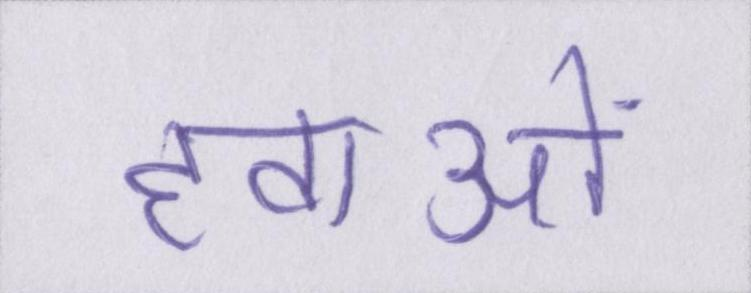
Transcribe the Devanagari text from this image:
हवाओं